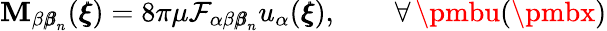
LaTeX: \mathbf{M}_{\beta{\pmb\beta}_{n}}({\pmb\xi})=8\pi\mu\mathcal{{F}}_{\alpha\beta{\pmb\beta}_{n}}u_{\alpha}({\pmb\xi}),\qquad{\forall\, {\pmbu}({\pmbx})}